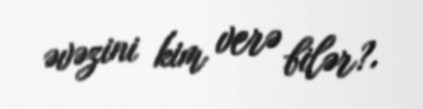
əvəzini kim verə bilər?.